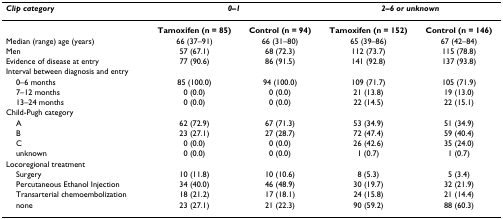
<table><thead><tr><td><b><i>Clip category</i></b></td><td colspan="2"><b><i>0–1</i></b></td><td colspan="2"><b><i>2–6 or unknown</i></b></td></tr></thead><tbody><tr><td></td><td><b>Tamoxifen (n = 85)</b></td><td><b>Control (n = 94)</b></td><td><b>Tamoxifen (n = 152)</b></td><td><b>Control (n = 146)</b></td></tr><tr><td>Median (range) age (years)</td><td>66 (37–91)</td><td>66 (31–80)</td><td>65 (39–86)</td><td>67 (42–84)</td></tr><tr><td>Men</td><td>57 (67.1)</td><td>68 (72.3)</td><td>112 (73.7)</td><td>115 (78.8)</td></tr><tr><td>Evidence of disease at entry</td><td>77 (90.6)</td><td>86 (91.5)</td><td>141 (92.8)</td><td>137 (93.8)</td></tr><tr><td>Interval between diagnosis and entry</td><td></td><td></td><td></td><td></td></tr><tr><td> 0–6 months</td><td>85 (100.0)</td><td>94 (100.0)</td><td>109 (71.7)</td><td>105 (71.9)</td></tr><tr><td> 7–12 months</td><td>0 (0.0)</td><td>0 (0.0)</td><td>21 (13.8)</td><td>19 (13.0)</td></tr><tr><td> 13–24 months</td><td>0 (0.0)</td><td>0 (0.0)</td><td>22 (14.5)</td><td>22 (15.1)</td></tr><tr><td>Child-Pugh category</td><td></td><td></td><td></td><td></td></tr><tr><td> A</td><td>62 (72.9)</td><td>67 (71.3)</td><td>53 (34.9)</td><td>51 (34.9)</td></tr><tr><td> B</td><td>23 (27.1)</td><td>27 (28.7)</td><td>72 (47.4)</td><td>59 (40.4)</td></tr><tr><td> C</td><td>0 (0.0)</td><td>0 (0.0)</td><td>26 (42.6)</td><td>35 (24.0)</td></tr><tr><td> unknown</td><td>0 (0.0)</td><td>0 (0.0)</td><td>1 (0.7)</td><td>1 (0.7)</td></tr><tr><td>Locoregional treatment</td><td></td><td></td><td></td><td></td></tr><tr><td> Surgery</td><td>10 (11.8)</td><td>10 (10.6)</td><td>8 (5.3)</td><td>5 (3.4)</td></tr><tr><td> Percutaneous Ethanol Injection</td><td>34 (40.0)</td><td>46 (48.9)</td><td>30 (19.7)</td><td>32 (21.9)</td></tr><tr><td> Transarterial chemoembolization</td><td>18 (21.2)</td><td>17 (18.1)</td><td>24 (15.8)</td><td>21 (14.4)</td></tr><tr><td> none</td><td>23 (27.1)</td><td>21 (22.3)</td><td>90 (59.2)</td><td>88 (60.3)</td></tr></tbody></table>